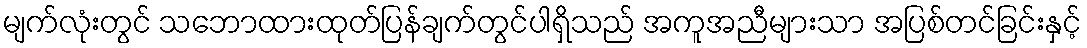
မျက်လုံးတွင် သဘောထားထုတ်ပြန်ချက်တွင်ပါရှိသည် အကူအညီများသာ အပြစ်တင်ခြင်းနှင့်